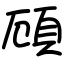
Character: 頋